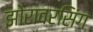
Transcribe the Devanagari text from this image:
झोरावरसिंग